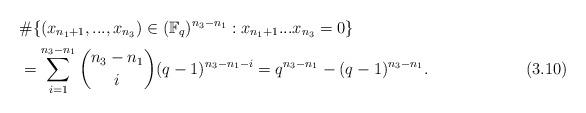
LaTeX: \begin{align*}&\#\{(x_{n_1+1},...,x_{n_3})\in (\mathbb{F}_q)^{n_3-n_1}: x_{n_1+1}...x_{n_3}=0\}\\&=\sum_{i=1}^{n_3-n_1}{n_3-n_1 \choose i}(q-1)^{n_3-n_1-i}=q^{n_3-n_1}-(q-1)^{n_3-n_1}.\ \ \ \ \ \ \ \ \ \ \ \ \ \ \ \ \ \ (3.10)\end{align*}